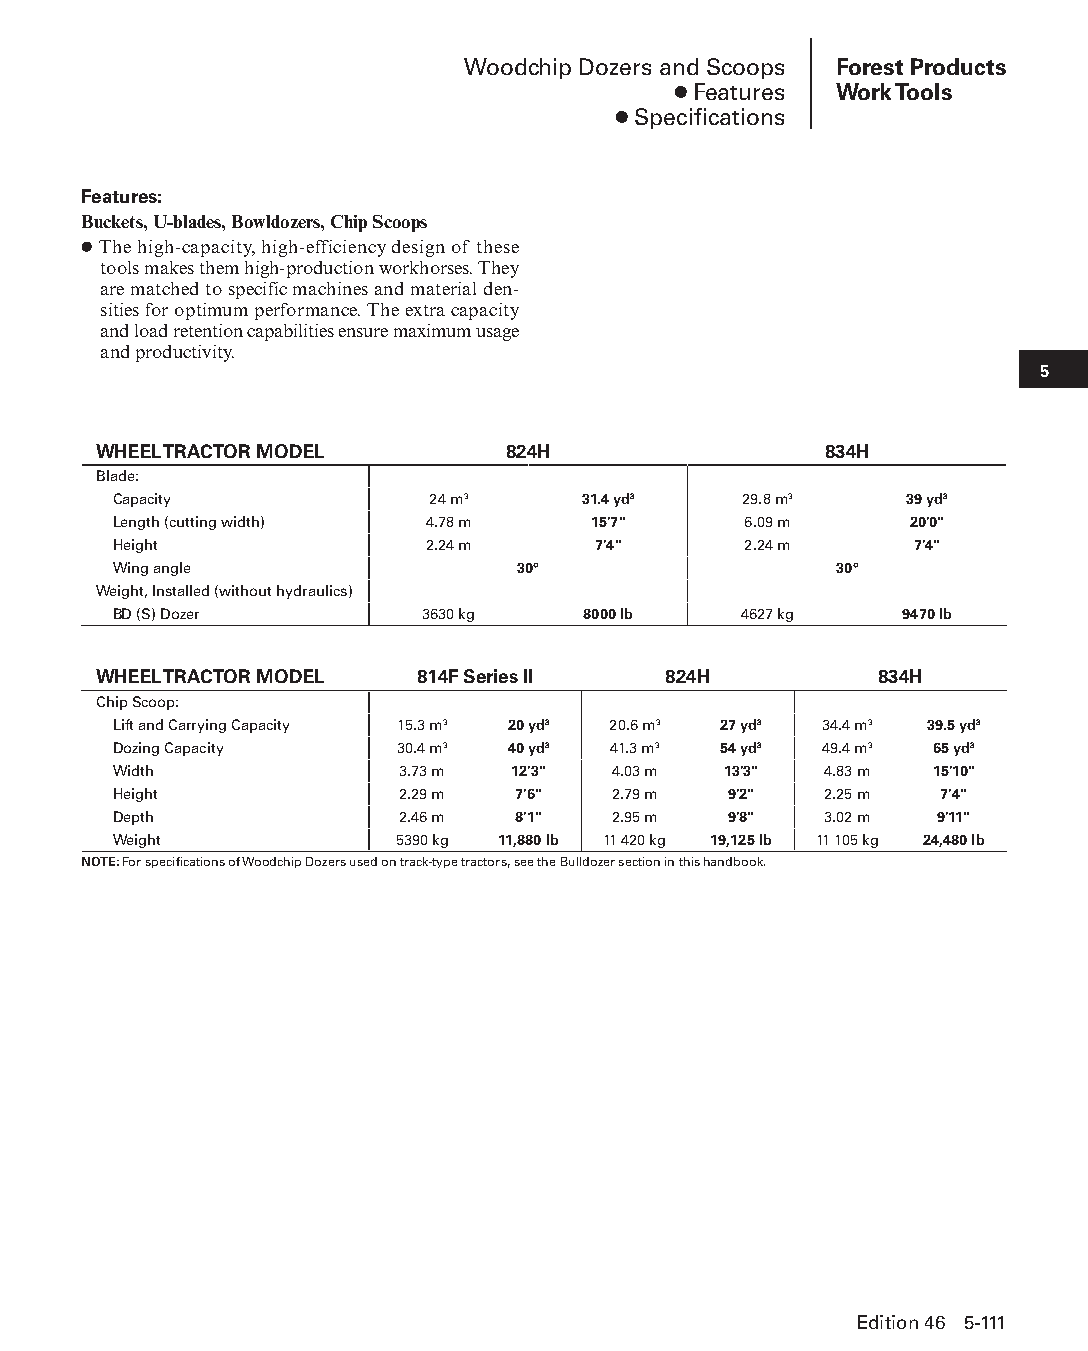
Woodchip Dozers and Scoops Forest Products
 ● Features Work Tools
 ● Specifications
 Features:
 Buckets, U-blades, Bowldozers, Chip Scoops
 ● The high-capacity, high-efficiency design of these
 tools makes them high-production workhorses. They
 are matched to specific machines and material den-
 sities for optimum performance. The extra capacity
 and load retention capabilities ensure maximum usage
 and productivity.
 5
 WHEEL TRACTOR MODEL        824H                 834H
 Blade:
 Capacity             24 m3     31.4 yd3  29.8 m3    39 yd3
 Length (cutting width) 4.78 m  15'7"      6.09 m     20'0"
 Height               2.24 m     7'4"      2.24 m     7'4"
 Wing angle                 30°                  30°
 Weight, Installed (without hydraulics)
 BD (S) Dozer        3630 kg    8000 lb   4627 kg    9470 lb
 WHEEL TRACTOR MODEL  814F Series II  824H          834H
 Chip Scoop:
 Lift and Carrying Capacity 15.3 m3 20 yd3 20.6 m3 27 yd3 34.4 m3 39.5 yd3
 Dozing Capacity    30.4 m3 40 yd3 41.3 m3 54 yd3 49.4 m3 65 yd3
 Width              3.73 m 12'3"  4.03 m 13'3"  4.83 m 15'10"
 Height             2.29 m 7'6"   2.79 m  9'2"  2.25 m  7'4"
 Depth              2.46 m 8'1"   2.95 m  9'8"  3.02 m 9'11"
 Weight             5390 kg 11,880 lb 11 420 kg 19,125 lb 11 105 kg 24,480 lb
 NOTE: For specifications of Woodchip Dozers used on track-type tractors, see the Bulldozer section in this handbook.
 Edition 46 5-111
 PPHHBB--SSeecc0055--1166..iinndddd 111111                      1122//44//1155 22::1188 PPMM